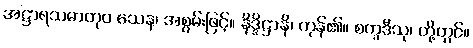
အဋ္ဌာရသဓာတုဝ သေန၊ အစွမ်းဖြင့်။ နိဒ္ဒိဋ္ဌာနိ၊ ကုန်၏။ စက္ခဒီသု၊ တို့တွင်။